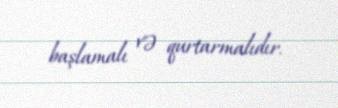
başlamalı və qurtarmalıdır.